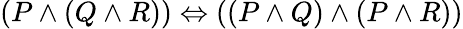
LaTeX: (P\land(Q\land R))\Leftrightarrow((P\land Q)\land(P\land R))